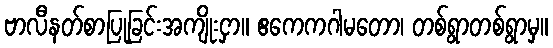
ဗာလီနတ်စာပြုခြင်းအကျိုးငှာ။ ဧကေကဂါမတော၊ တစ်ရွာတစ်ရွာမှ။